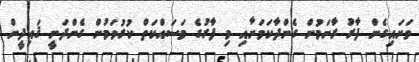
ވަށައިގެން ފާރު ރާނަމުން ގެންދާކަމަށާއި މި ފާރުގެ މަސައްކަތް ކުރުވަމުން ގެންދަނީ ޤައިދީން